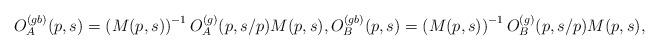
LaTeX: \begin{align*}O_A^{(gb)}(p,s)=\left(M(p,s)\right)^{-1}O_A^{(g)}(p,s/p)M(p,s),O_B^{(gb)}(p,s)=\left(M(p,s)\right)^{-1}O_B^{(g)}(p,s/p)M(p,s),\end{align*}